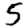
Digit: 5